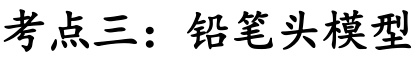
考点三：铅笔头模型